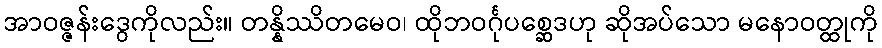
အာဝဇ္ဇန်းဒွေကိုလည်း။ တန္နိဿိတမေဝ၊ ထိုဘဝင်္ဂုပစ္ဆေဒဟု ဆိုအပ်သော မနောဝတ္ထုကို